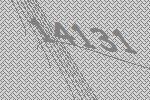
14131